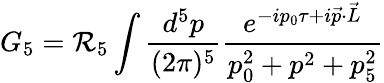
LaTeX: G_{5}=\mathcal{R}_{5}\int\frac{{d^{5}p}}{{(2\pi)^{5}}}\frac{{e^{-ip_{0}\tau+i\vec{{p}}\cdot\vec{{L}}}}}{{p_{0}^{2}+p^{2}+p_{5}^{2}}}